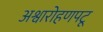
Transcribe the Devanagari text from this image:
अश्वारोहणपटू